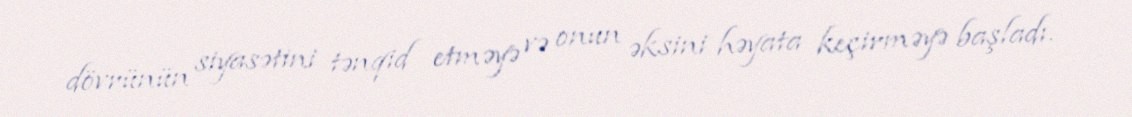
dövrünün siyasətini tənqid etməyə və onun əksini həyata keçirməyə başladı.